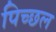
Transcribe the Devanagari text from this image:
पिच्छल